Punjab Mental Hospital Lahore 1922-31 - 1922-1931
Year: 1922
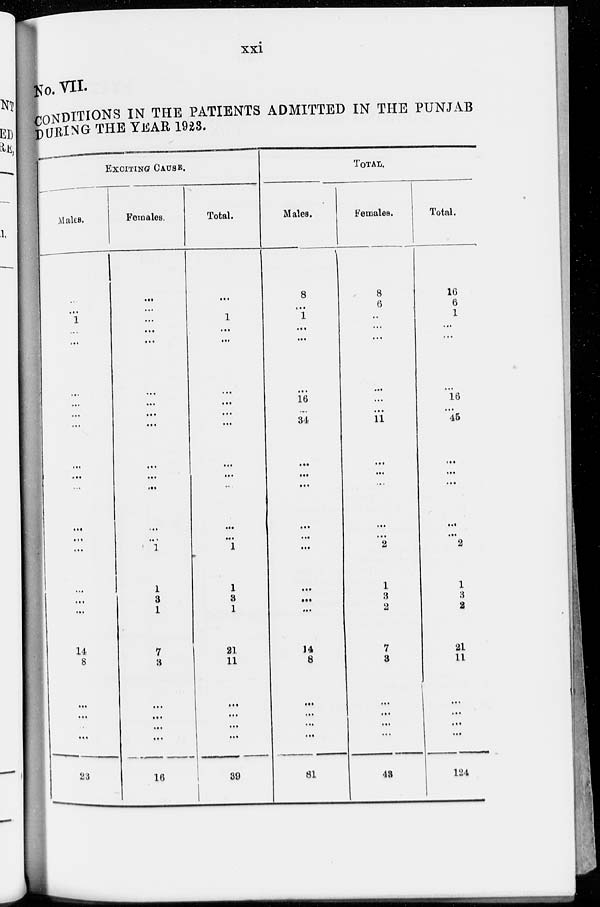
xxi
No. VII.
CONDITIONS IN THE PATIENTS ADMITTED IN THE PUNJAB
DURING THE YEAR 1923.
EXCITING CAUSE.
Males.
...
...
1
...
...
...
...
...
...
...
...
...
...
...
...
...
...
...
14
8
...
...
...
...
23
Females.
...
...
...
...
...
...
...
...
...
...
...
...
...
...
1
1
3
1
7
3
...
...
...
...
16
Total.
...
...
1
...
...
...
...
...
...
...
...
...
...
...
1
1
3
1
21
11
...
...
...
...
39
TOTAL.
Males.
8
...
1
...
...
...
16
...
34
...
...
...
...
...
...
...
...
...
14
8
...
...
...
...
81
Females.
8
6
...
...
...
...
...
...
11
...
...
...
...
...
2
1
3
2
7
3
...
...
...
...
43
Total.
16
6
1
...
...
...
16
...
45
...
...
...
...
...
2
1
3
2
21
11
...
...
...
...
124